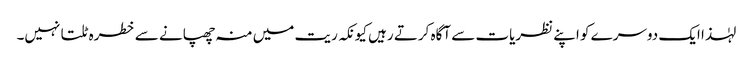
لہٰذا ایک دوسرے کو اپنے نظریات سے آگاہ کرتے رہیں کیونکہ ریت میں منہ چھپانے سے خطرہ ٹلتا نہیں۔